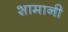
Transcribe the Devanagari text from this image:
शामानी